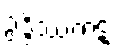
ဥဒ္ဒိဿကဋံ